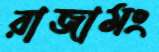
রাজামং